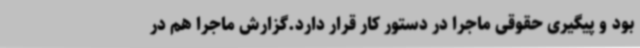
بود و پیگیری حقوقی ماجرا در دستور کار قرار دارد.گزارش ماجرا هم در